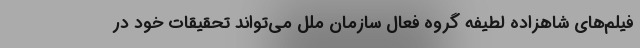
فیلم‌های شاهزاده لطیفه گروه فعال سازمان ملل می‌تواند تحقیقات خود در